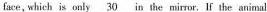
face, which is only \underline { 3 0 } in the mirror. If the animal